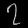
Digit: ၇